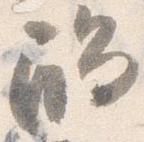
触